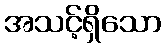
အသင့်ရှိသော